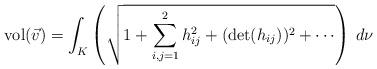
LaTeX: \begin{align*}\mathrm{vol}(\vec{v})=\int_{K}\left(\sqrt{1+\sum\limits_{i,j=1}^{2}h_{ij}^{2}+(\mathrm{det}(h_{ij}))^{2}+\cdots}\right)\: d\nu\end{align*}